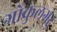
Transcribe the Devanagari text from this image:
गोकुलगढ़